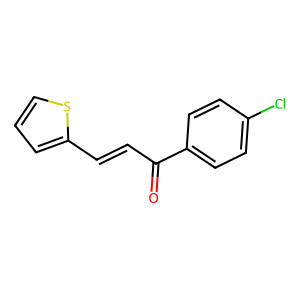
SMILES: O=C(C=Cc1cccs1)c1ccc(Cl)cc1
Inhibits HIV replication: No